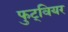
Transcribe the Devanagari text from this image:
फुट्वियर